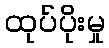
ထုပ်ပိုးမှု